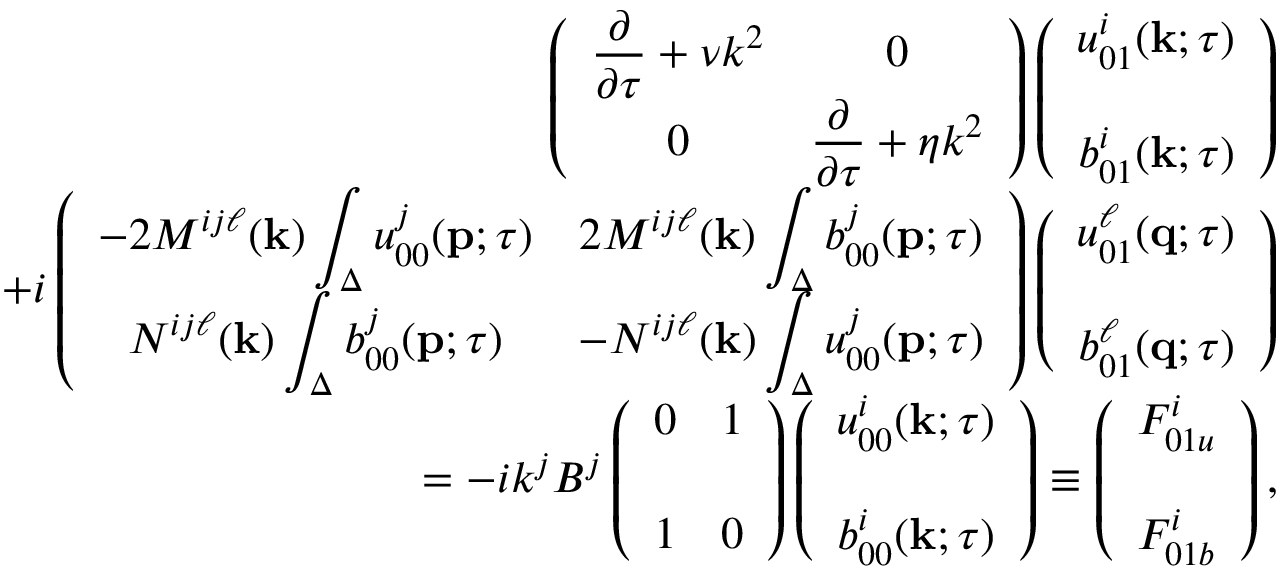
\begin{array} { r l r } & { } & { { \everymath { \displaystyle } \left( { \begin{array} { c c } { \frac { \partial } { \partial \tau } + \nu k ^ { 2 } } & { 0 } \\ { 0 } & { \frac { \partial } { \partial \tau } + \eta k ^ { 2 } } \end{array} } \right) } \left( { \begin{array} { c c } { u _ { 0 1 } ^ { i } ( { \bf { k } } ; \tau ) } \\ { b _ { 0 1 } ^ { i } ( { \bf { k } } ; \tau ) \rule { 0 ex } { 5 ex } } \end{array} } \right) } \\ & { } & { { \everymath { \displaystyle } + i \left( { \begin{array} { c c } { - 2 M ^ { i j \ell } ( { \bf { k } } ) \int _ { \Delta } u _ { 0 0 } ^ { j } ( { \bf { p } } ; \tau ) } & { 2 M ^ { i j \ell } ( { \bf { k } } ) \int _ { \Delta } b _ { 0 0 } ^ { j } ( { \bf { p } } ; \tau ) } \\ { N ^ { i j \ell } ( { \bf { k } } ) \int _ { \Delta } b _ { 0 0 } ^ { j } ( { \bf { p } } ; \tau ) } & { - N ^ { i j \ell } ( { \bf { k } } ) \int _ { \Delta } u _ { 0 0 } ^ { j } ( { \bf { p } } ; \tau ) } \end{array} } \right) \left( { \begin{array} { c } { u _ { 0 1 } ^ { \ell } ( { \bf { q } } ; \tau ) } \\ { b _ { 0 1 } ^ { \ell } ( { \bf { q } } ; \tau ) \rule { 0 ex } { 5 ex } } \end{array} } \right) } } \\ & { } & { = - i k ^ { j } B ^ { j } \left( { \begin{array} { c c } { 0 } & { 1 } \\ { 1 } & { 0 \rule { 0 ex } { 5 ex } } \end{array} } \right) \left( { \begin{array} { c } { u _ { 0 0 } ^ { i } ( { \bf { k } } ; \tau ) } \\ { b _ { 0 0 } ^ { i } ( { \bf { k } } ; \tau ) \rule { 0 ex } { 5 ex } } \end{array} } \right) \equiv \left( { \begin{array} { c } { F _ { 0 1 u } ^ { i } } \\ { F _ { 0 1 b } ^ { i } \rule { 0 ex } { 5 ex } } \end{array} } \right) , } \end{array}